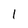
Character: 1